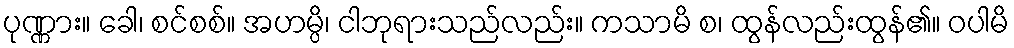
ပုဏ္ဏား။ ခေါ၊ စင်စစ်။ အဟမ္ပိ၊ ငါဘုရားသည်လည်း။ ကသာမိ စ၊ ထွန်လည်းထွန်၏။ ဝပါမိ